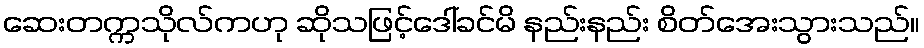
ဆေးတက္ကသိုလ်ကဟု ဆိုသဖြင့်ဒေါ်ခင်မိ နည်းနည်း စိတ်အေးသွားသည်။